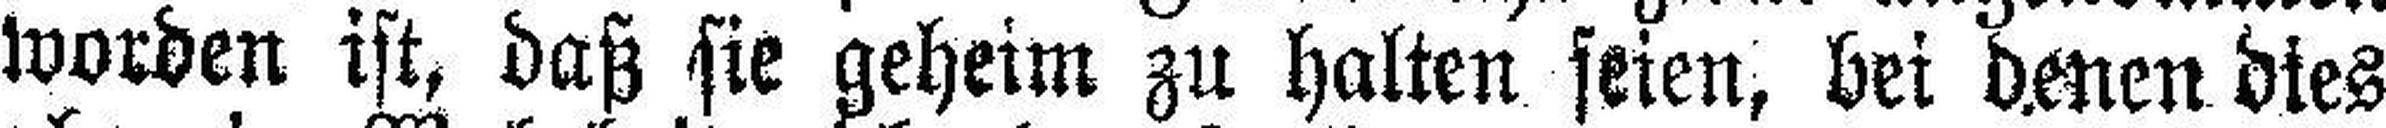
worden ist, daß sie geheim zu halten seien, bei denen dies